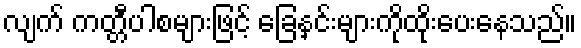
လျက် ကတ္တီပါစများဖြင့် ခြေနှင်းများကိုထိုးပေးနေသည်။